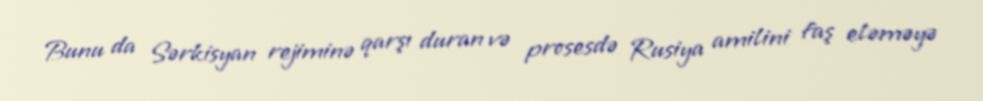
Bunu da Sərkisyan rejiminə qarşı duran və prosesdə Rusiya amilini faş eləməyə